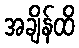
အချိန်ထိ